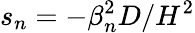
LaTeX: s_{n}=-\beta_{n}^{2}D/H^{2}